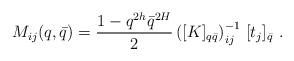
LaTeX: \begin{align*}M_{ij}(q,\bar{q})=\frac{1-q^{2h}\bar{q}^{2H}}{2}\left( [K]_{q\bar{q}}\right)_{ij}^{-1}\,[t_{j}]_{\bar{q}}\,\,. \end{align*}